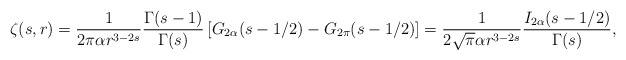
\begin{align*} \zeta(s, r)=\frac{1}{2\pi \alpha r^{3-2s}}\frac{\Gamma(s-1)}{\Gamma(s)}\left[G_{2\alpha}(s-1/2)-G_{2\pi}(s-1/2)\right]=\frac{1}{2\sqrt \pi \alpha r^{3-2s}}\frac{I_{2\alpha}(s-1/2)}{\Gamma(s)}{,}\end{align*}